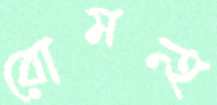
রোমন্হ